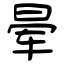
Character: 晕